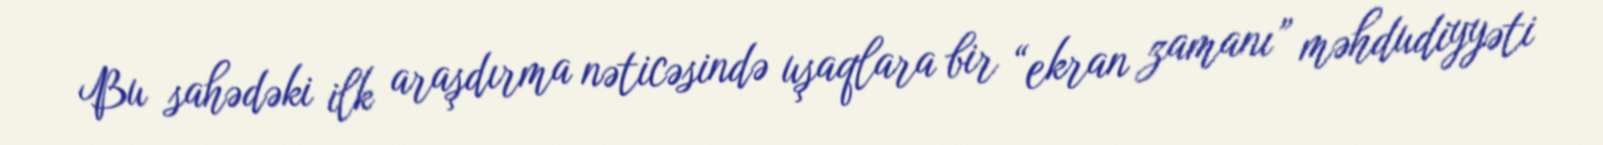
Bu sahədəki ilk araşdırma nəticəsində uşaqlara bir “ekran zamanı” məhdudiyyəti